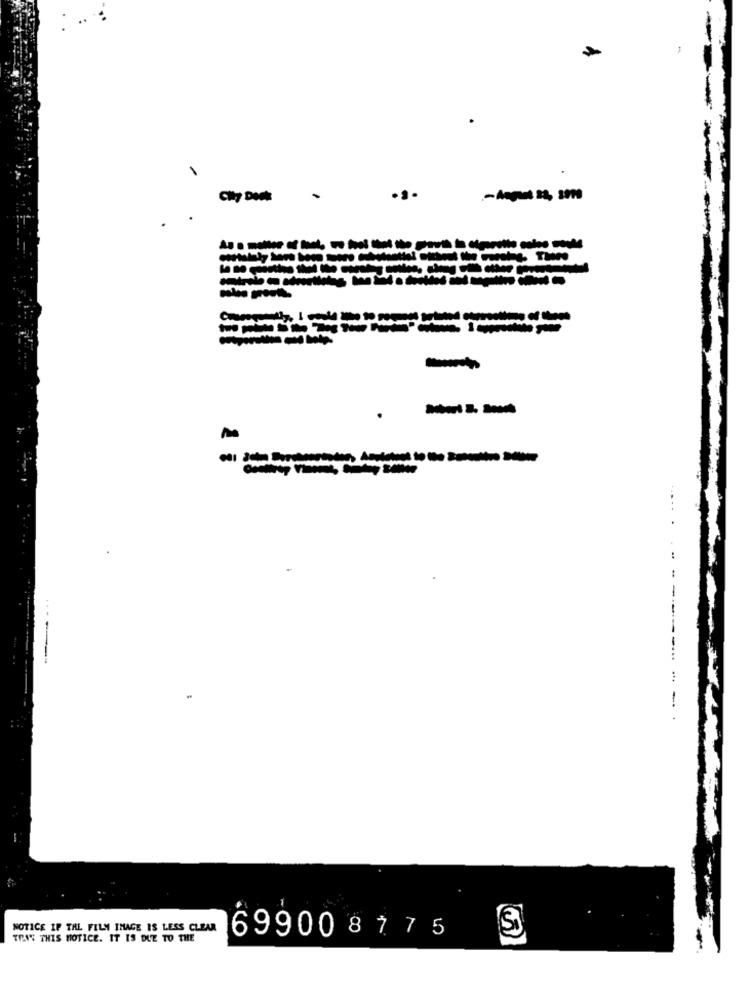
City Dock
- August 22, 3000
------
-----------
-----------
---
-
.
---------
----
...
-
-
NOTICE IP TAL FILM IMAGE IS LESS CLEAR
SI
TRAS THIS NOTICE. IT IS DUE TO THE
699008775